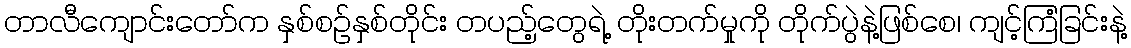
တာလီကျောင်းတော်က နှစ်စဉ်နှစ်တိုင်း တပည့်တွေရဲ့ တိုးတက်မှုကို တိုက်ပွဲနဲ့ဖြစ်စေ၊ ကျင့်ကြံခြင်းနဲ့